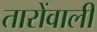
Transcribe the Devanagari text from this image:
तारोंवाली